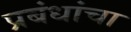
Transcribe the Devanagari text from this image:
प्रबंधांचा